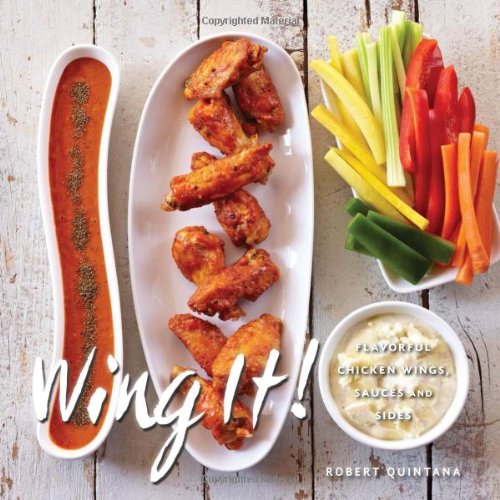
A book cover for Wing It!: Flavorful Chicken Wings, Sauces, and Sides; Robert Quintana; Cookbooks, Food & Wine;